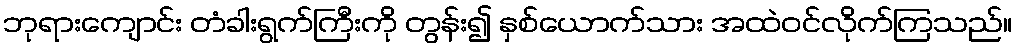
ဘုရားကျောင်း တံခါးရွက်ကြီးကို တွန်း၍ နှစ်ယောက်သား အထဲဝင်လိုက်ကြသည်။